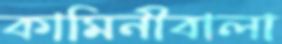
কামিনীবালা